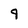
Character: 9